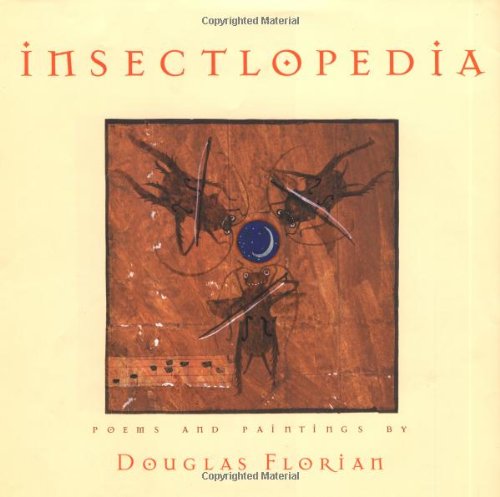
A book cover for insectlopedia; Douglas Florian; Reference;